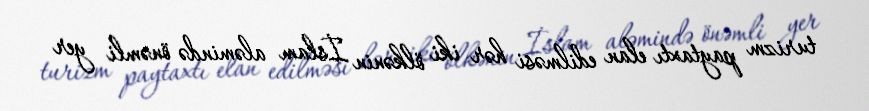
turizm paytaxtı elan edilməsi hər iki ölkənin İslam aləmində önəmli yer